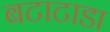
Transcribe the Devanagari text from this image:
बटाटाडा